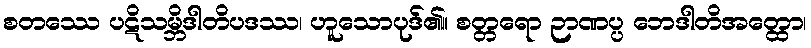
စတဿေ ပဋိသမ္ဘိဒါတိပဒဿ၊ ဟူသောပုဒ်၏။ စတ္တရော ဉာဏပ္ပ ဘေဒါတိအတ္ထော၊